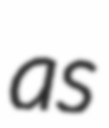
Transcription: as